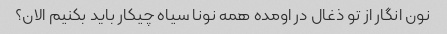
نون انگار از تو ذغال در اومده همه نونا سیاه چیکار باید بکنیم الان؟